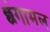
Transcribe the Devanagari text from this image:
छंगामल